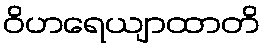
ဝိဟရေယျာထာတိ